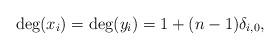
LaTeX: \begin{align*}&\deg(x_i)=\deg(y_i) = 1+(n-1)\delta_{i,0}, \end{align*}